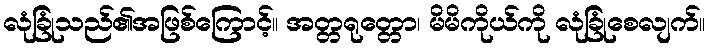
လုံခြုံသည်၏အဖြစ်ကြောင့်။ အတ္တရုတ္တော၊ မိမိကိုယ်ကို လုံခြုံစေလျက်။